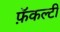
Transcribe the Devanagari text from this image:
फ़ॅकल्टी